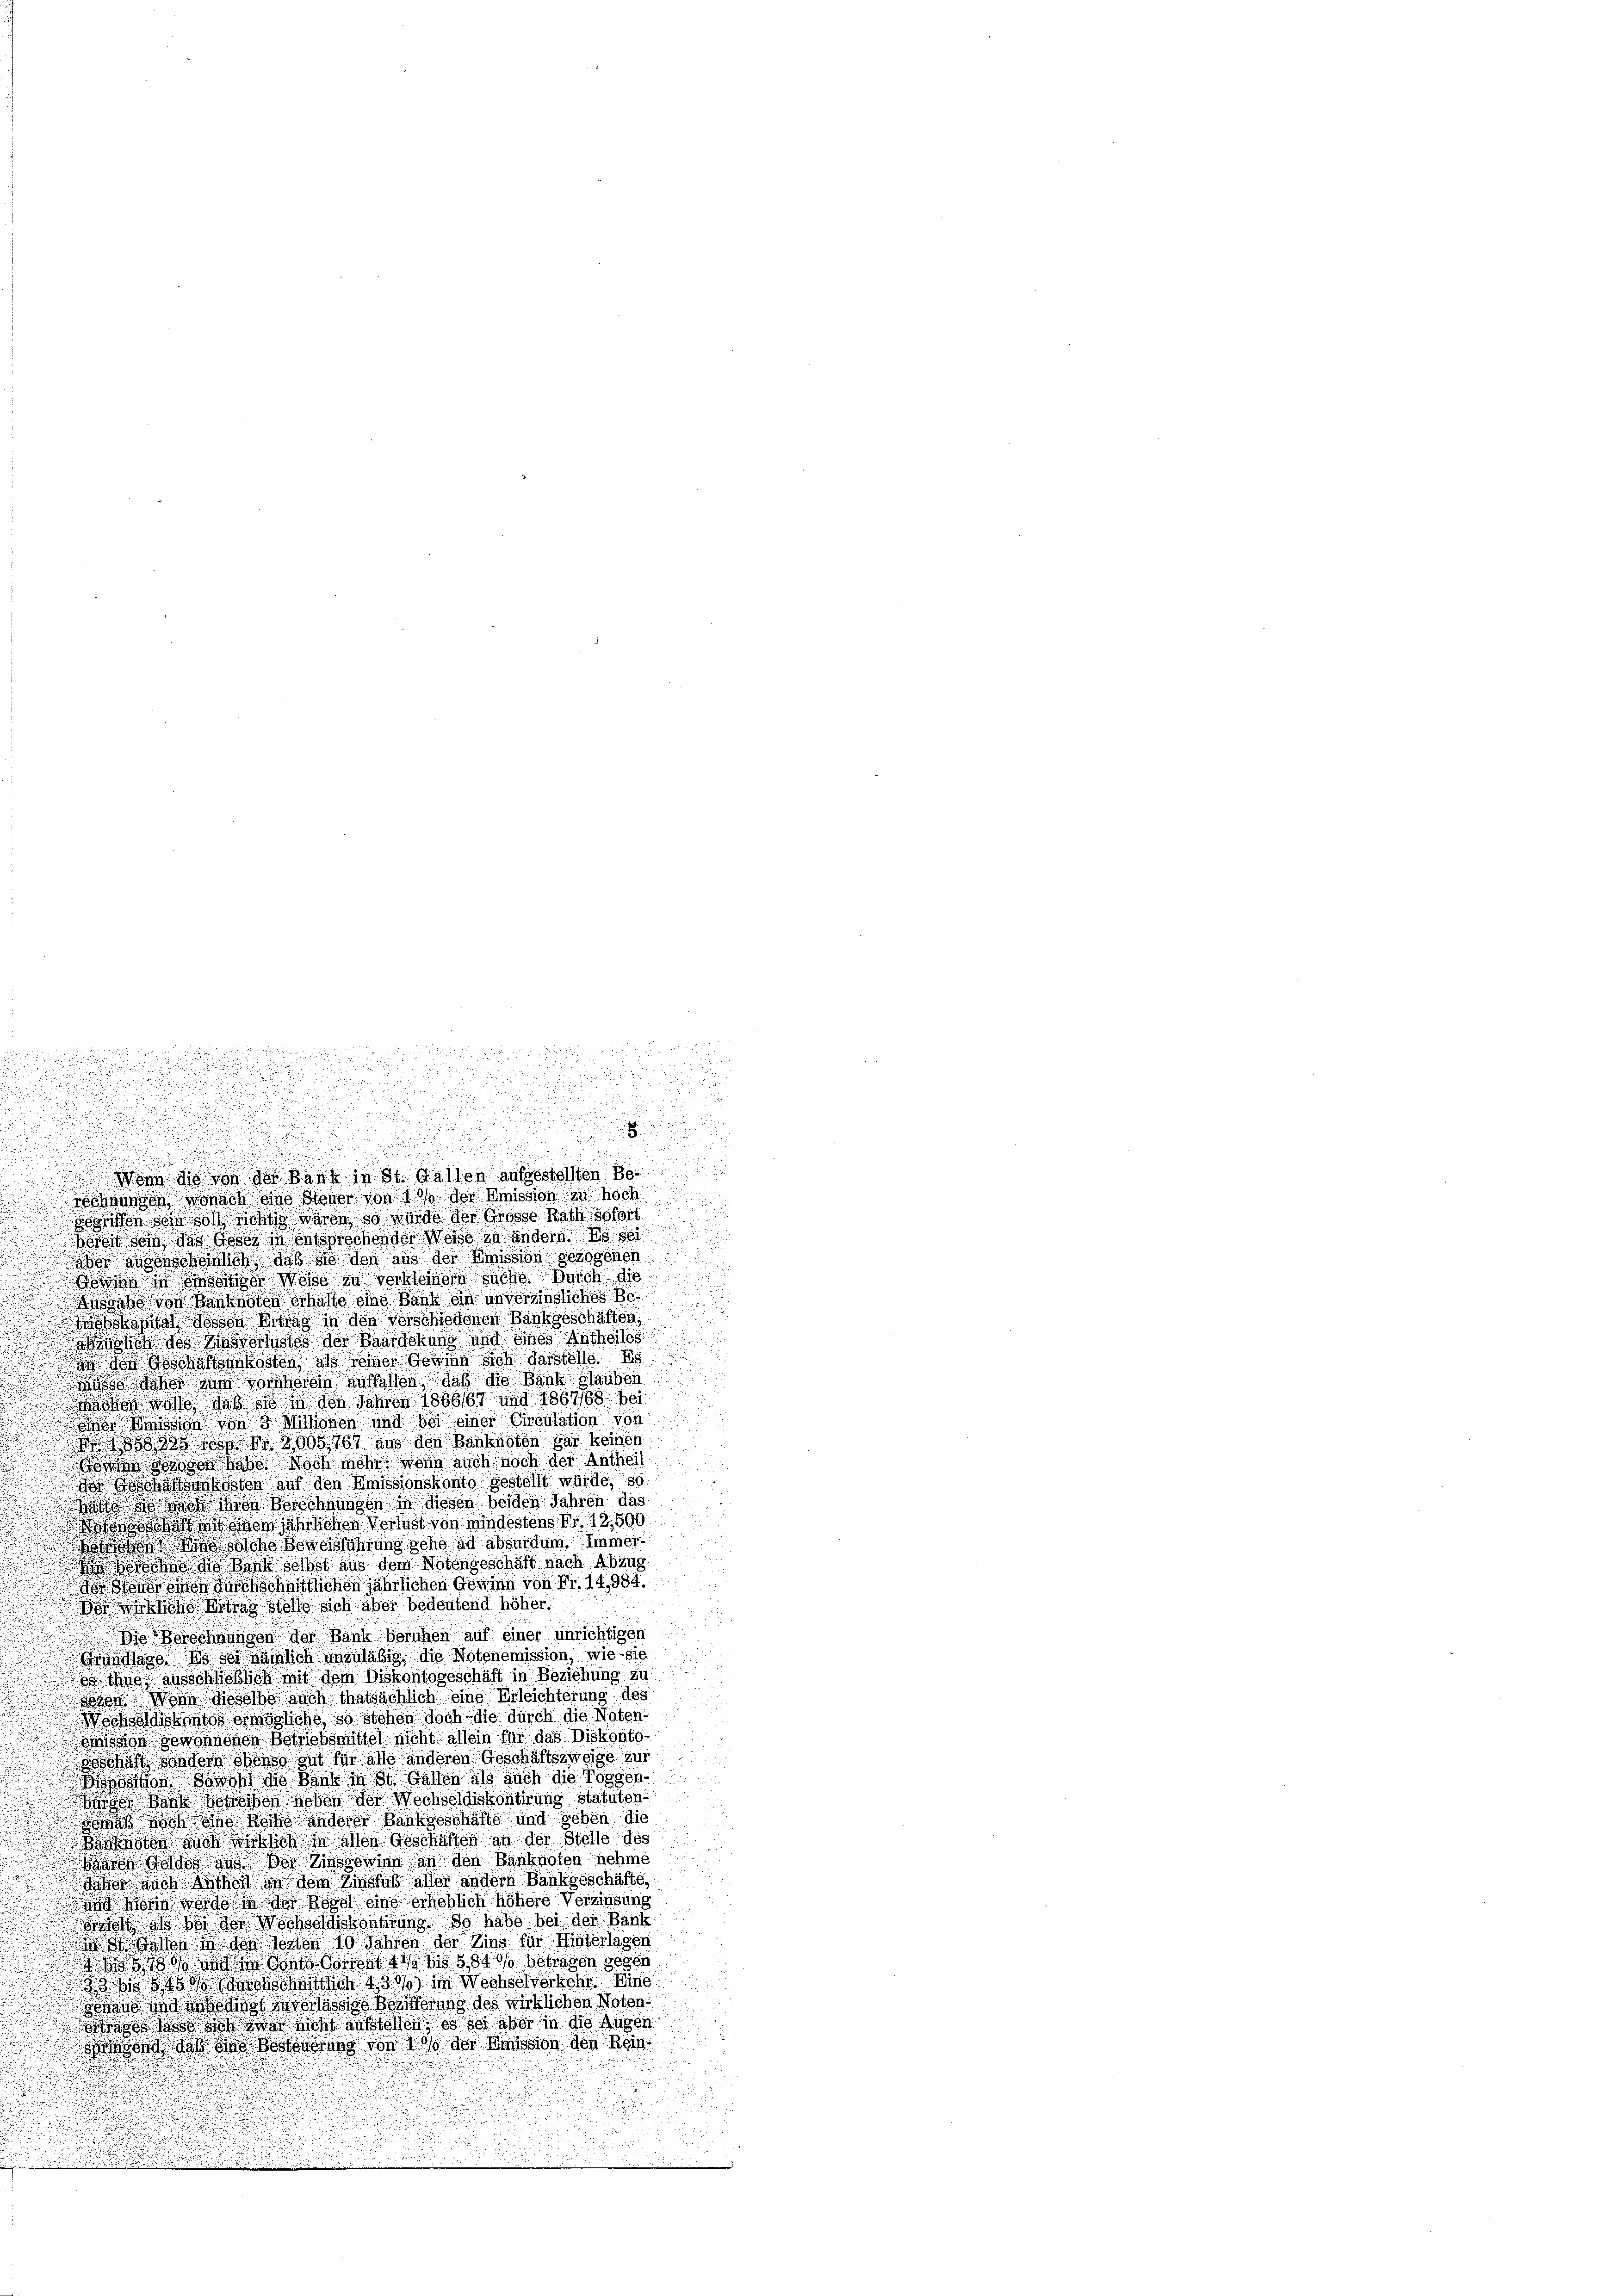
dung

u

g
.
u
u
.
uosen wird eine Steuer von der Weissich in hoch
.
Fossitten sein soll sichtig wären so wurde der Grosse Rath sofort
u
i
bereit denn das Geser in entsprechender Weise in andern es sei
aber augenscheinlich daß sie den aus der Emission gezogenen
Gonen in Wider Weise zu verloren suche. Durch die
raße von Banknoten erhalte eine Bank ein unvereingliches Be
haßten dessen Was in den Vorschiedenen Bankgeschäften,
sich des Zinsvorstes der Baarschung und eines Antheiles
s der Geschäftsurkosten als seiner der sich darstelle. Es
uss daher vom vorberein aufforden, daß die Bank sauben
Wacken wo daß sie in den Jahren 1866/67 und 1867/68 bei
ge Meines Mithoven und bei einer Circulation von
 Nr 2000, 167 aus den Banknoten gar keinen
a so habe. Noch mehr ein auch noch der Antheil
dor Geschaftsenkosten auf den Amissionskonto gestellt würde, so
att die noch ihren Berechnungen in diesen beiden Jahren das
stoss wird mit den jährlichen Verlust von mindesten Nr. 12,500
ot in solche von Anführung gehe ad absuidum immero Bank sahst aus dem Notengeschäft nach Abzug
 sonst einen durchschnittlichen jährlichen Gewinn von Fr. 14,984.
lche Antrag stelle sich aber bedeutend höher.
 Die Vorschnungen der Bank beruhen auf einer unrichtigen
ndlage No sei nämlich unzuläbig, die Notenemission, wie sie
.
 ihn ausschließlich mit dem Diskontogeschäft in Beziehung zu
sehen. Wenn dieselbe auch thatsächlich eine Erleichterung des
Wechsoldiskontes endliche, so stehen doch die durch die Noten
Mission gewonnenen Bellichsmittel nicht allein für das Diskonto-
geschaft sondern sonst gut für alle anderen Geschäftszweige zur
Boston. Sowohl die Bank in St. Gallen als auch die Possch
ohe Bote sei von neben der Wechseldiskontirung statuten
Was doch eine Rosse anderer Bankgeschäfts und geben die
e
Banknoten noch mit sich allen Geschäften an der Stelle des
a doch an der die sowie an den Banknoten nehme
n
ähes auch Ackerl in dem Zinsfuß aller andern Bankgeschäfte,

de und so werde in der Regel eine erheblich höhere Verzinsung
Bricht des bei der Wechseldiskontirung so habe bei der Bank
 den in der losten 10 Jahren der Zins für Hinterlagen
g ain sind docent 11 No 5. 849 betragen gegen
 335 845 schon 230 in Wechselwerkehr Eine
u
eaenden seine zuverlässige Bestierung des wirklichen Noten.

gs lässt sich war nicht gestelles, es sei aber in die Augen
ond daß das Bestandung von 100 der Mission den Reinn
i

u

u

d

u

.
u
.

 Wenn die von des Bank in St. Gallen aufgestellten Be